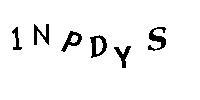
1NPDYS